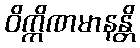
ဝိက္ကိဏမာနန္တိ